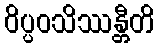
ဝိပ္ပဝသိဿန္တီတိ